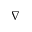
\nabla